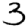
Digit: 3